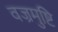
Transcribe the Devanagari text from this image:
वज्रमुष्टि